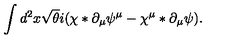
\int d ^ { 2 } x \sqrt { \theta } i ( \chi \ast \partial _ { \mu } \psi ^ { \mu } - \chi ^ { \mu } \ast \partial _ { \mu } \psi ) .